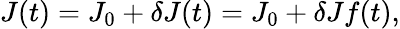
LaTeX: J(t)=J_{0}+\delta J(t)=J_{0}+\delta Jf(t),